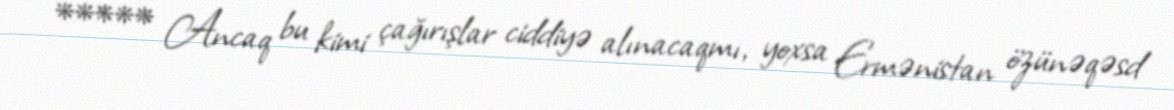
***** Ancaq bu kimi çağırışlar ciddiyə alınacaqmı, yoxsa Ermənistan özünəqəsd